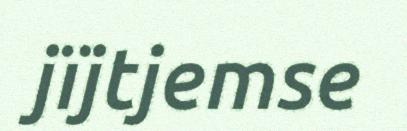
jïjtjemse